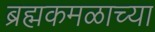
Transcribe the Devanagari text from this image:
ब्रह्मकमळाच्या